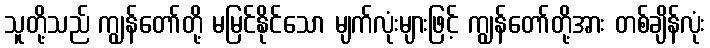
သူတို့သည် ကျွန်တော်တို့ မမြင်နိုင်သော မျက်လုံးများဖြင့် ကျွန်တော်တို့အား တစ်ချိန်လုံး